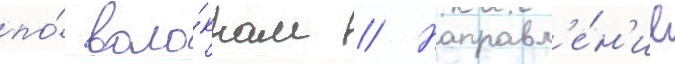
по́ воло́кнам // Направл'е́н'ие